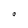
Character: O